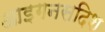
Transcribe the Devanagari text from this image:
आइगनसदिश